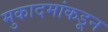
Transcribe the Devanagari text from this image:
मुकादमांकडून